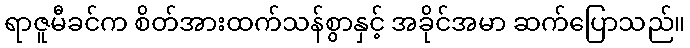
ရာဇူမီခင်က စိတ်အားထက်သန်စွာနှင့် အခိုင်အမာ ဆက်ပြောသည်။